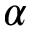
\alpha